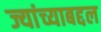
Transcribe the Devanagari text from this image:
ज्यांच्याबद्दल